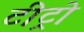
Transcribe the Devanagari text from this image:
टीट्रो